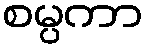
စမ္ပကာ